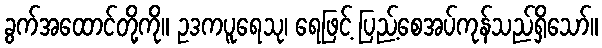
ခွက်အထောင်တို့ကို။ ဥဒကပူရေသု၊ ရေဖြင့် ပြည့်စေအပ်ကုန်သည်ရှိသော်။